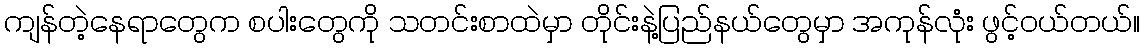
ကျန်တဲ့နေရာတွေက စပါးတွေကို သတင်းစာထဲမှာ တိုင်းနဲ့ပြည်နယ်တွေမှာ အကုန်လုံး ဖွင့်ဝယ်တယ်။